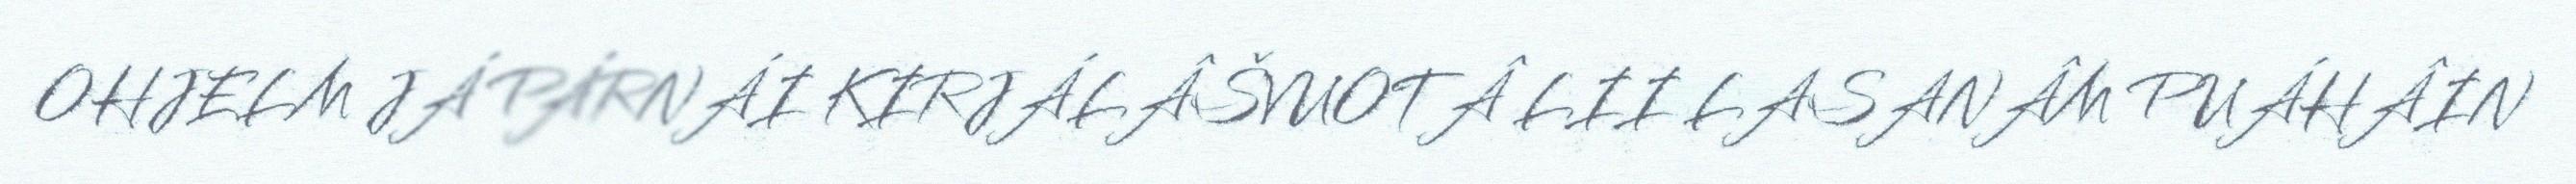
OHJELM JÁ PÁRNÁI KIRJÁLÂŠVUOTÂ LII LASANÂM PUÁHÂIN